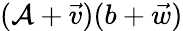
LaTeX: (\mathcal{A}+{\vec{{v}}})(b+{\vec{{w}}})